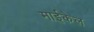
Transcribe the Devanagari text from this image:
माईकेल